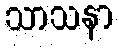
သာသနာ